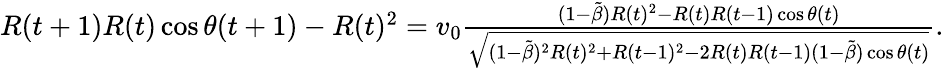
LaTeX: \begin{array}{r}{R(t+1)R(t)\cos\theta(t+1)-R(t)^{2}=v_{0}\frac{(1-\tilde{\beta})R(t)^{2}-R(t)R(t-1)\cos\theta(t)}{\sqrt{(1-\tilde{\beta})^{2}R(t)^{2}+R(t-1)^{2}-2R(t)R(t-1)(1-\tilde{\beta})\cos\theta(t)}}.}\end{array}